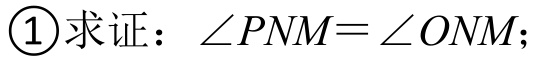
\textcircled{1}求证：\(\angle PNM=\angle ONM\)；